Report on lock hospitals in British Burma
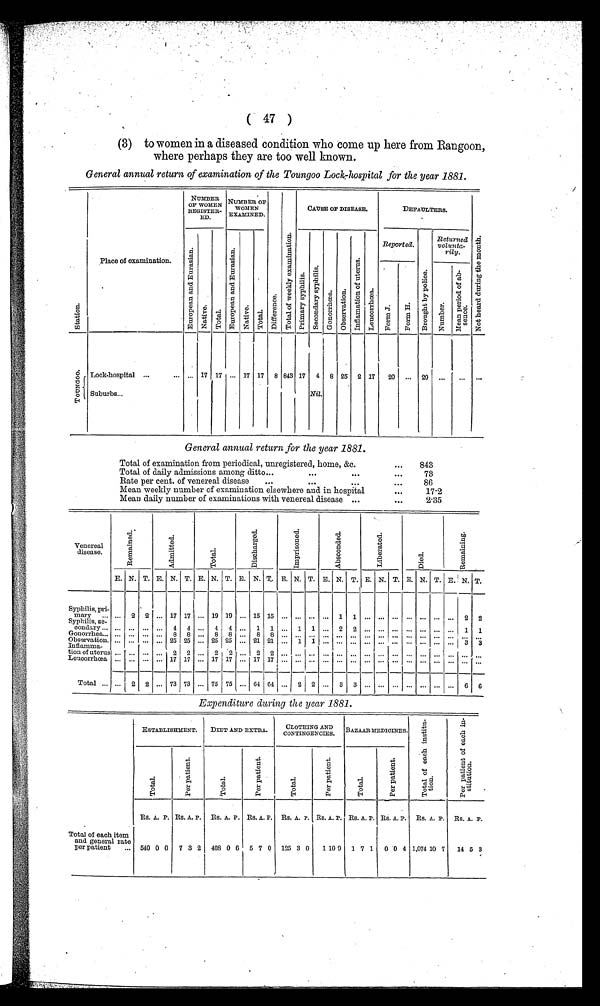
( 47 )
(3) to women in a diseased condition who come up here from Rangoon,
where perhaps they are too well known.
General annual return of examination of the Toungoo Lock-hospital for the year 1881.
S t a t i o n .
Place of examination.
NUMBER
OF WOMEN
REGISTER-
ED.
NUMBER OF
WOMEN
EXAMINED.
D i f f e r e n c e .
T o t a l o f w e e k l y e x a m i n a t i o n .
CAUSE OP DISEASE.
DEFAULTERS.
N o t h e a r d d u r i n g t h e m o n t h .
E u r o p e a n a n d E u r a s i a n .
N a t i v e .
T o t a l .
E u r o p e a n a n d E u r a s i a n .
Nat i ve. T o t a l .
P r i m a r y s y p h i l i s .
S e c o n d a r y s y p h i l i s .
G o n o r r h œ a . O b s e r v a t i o n .
I n f l a m a t i o n o f u t e r u s .
L e u c o r r h œ a .
Reported.
B r o u g h t b y p o l i c e .
Returned
volunta-
rily.
F o r m J .
F o r m H .
Number .
M e a n p e r i o d o f a b -
sence.
T O U N G O O .
Lock-hospital ...
...
. . . 17 17 ... 17 17 8 843 17 4 8 25 2 17 20 ...
2 0 ...
. . . . . .
Suburbs...
Nil.
General annual return for the year 1881.
Total of examination from periodical, unregistered, home, &c.
...
843
Total of daily admissions among ditto...
...
...
. . .
73
Rate per cent. of venereal disease
...
...
...
...
86
Mean weekly number of examination elsewhere and in hospital
...
17.2
Mean daily number of examinations with venereal disease . . .
. . .
2.35
Venereal
disease.
R e m a i n e d .
A d mi t t e d .
Tot al .
Di s c h a r g e d .
I m p r i s o n e d .
A b s c o n d e d .
Li ber at ed.
Di ed.
Re ma i n i n g .
E. N. T. E. N. T. E. N. T. E. N. T. E. N. T. E. N. T. E. N. T. E. N. T. E. N. T.
Syphilis, pri-
mary ... ... 2 2 ... 17 17 ... 19 19 ... 15 15 ...
. . . ... ... 1 1 ... ... ... ... ...
. . . ... 2 2
Syphilis, se-
condary ... ... ... ... ... 4 4 ... 4 4 ... 1 1 ... 1 1 ... 2 2 ... ... ... ... ... ... ... 1 1
G o n o r r h e a . . . . . .
. . . . . . . . . 8
8 . . .
8 8 . . . 8
8 . . . . . . . . . . . . . . . . . . . . .
. . . . . . . . .
. . . . . . . . . . . . . . .
Observation. ...
. . . . . . ... 25 25 ... 25 25
. . . 21 21 ... 1 1 ... ... ... ...
. . . . . . . . .
. . . . . . . . . . . . . . .
Inflamma-
tion of uterus ...
. . . . . . . . . 2
2 . . .
2 2 . . . 2
2 . . . . . . . . . . . . . . . . . . . . .
. . . . . . ... ... ... ... ... ...
Leucorrhœa
. . .
. . . . . . ... 17 17 ... 17 17 ... 17 17 ... ... ... ... ... ... ...
. . . . . . ... ... ... ... ... ...
Total ... ...
2 2 ... 73 73 ... 75 75 ... 64 64 ... 2 2 ... 3
3
. . . . . . . . .
. . . . . . . . . . . . 6
6
Expenditure during the year 1881.
ESTABLISHMENT. DIET AND EXTRA.
CLOTHING AND
CONTINGENCIES. BAZAAR MEDICINES.
T o t a l o f e a c h i n s t i t u t i o n .
P e r p a t i e n t o f e a c h i n -
s t i t u t i o n .
T o t a l .
P e r p a t i e n t .
T o t a l .
P e r p a t i e n t .
T o t a l .
P e r p a t i e n t .
T o t a l .
P e r p a t i e n t .
Total of each item
and general rate
per patient
...
Rs. A. P. Rs. A. P. Rs. A. P. Rs. A. P.
Rs.A. P. Rs. A. P. Rs. A. P. Rs. A. P. Rs. A. P. Rs. A. P.
540 0 0 7 3 2 408 0 6 5 7 0 125 3 0 1 10 9 1 7 1 0 0 4 1,074 10 7 14 5 3